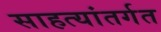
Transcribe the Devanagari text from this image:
साहत्यांतर्गत